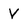
Character: V